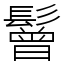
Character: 鬙